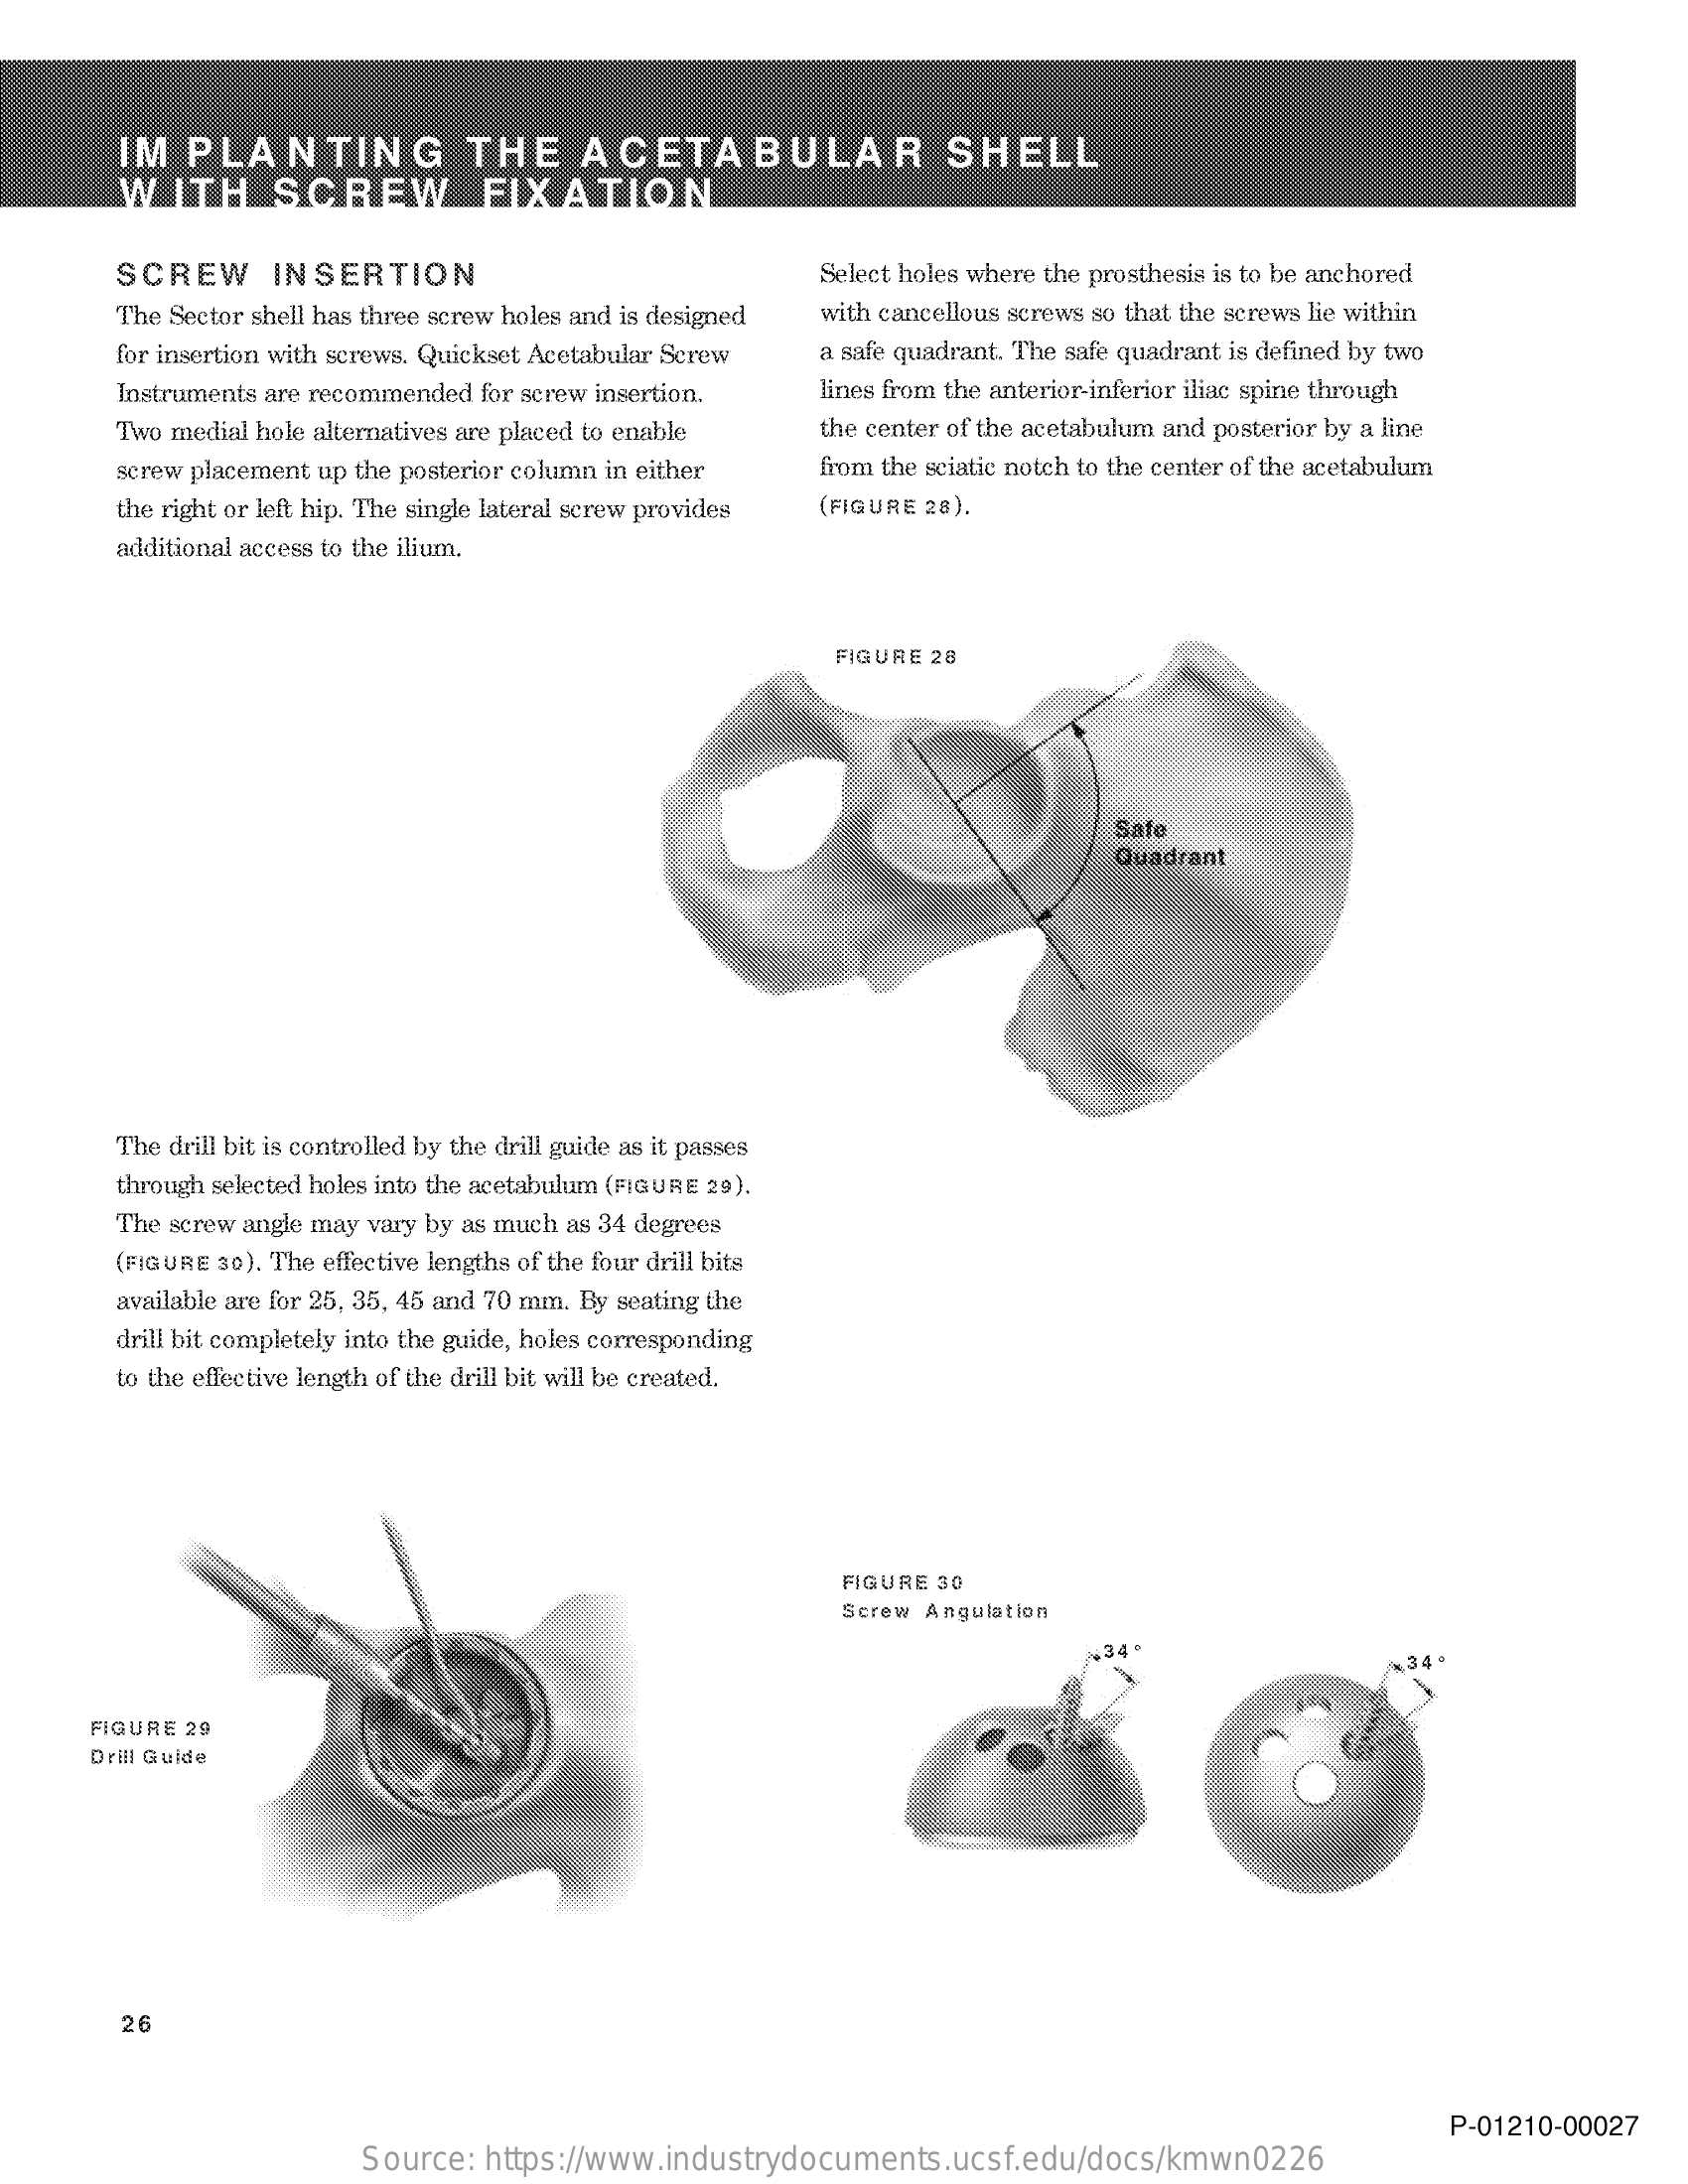
IM   PLANTING    THE    ACETABULAR    SHELL
     WITH    SCREW    FIXATION
     SCREW    INSERTION    Select holes where the prosthesis is to be anchored
     The Sector shell has three screw holes and is designed with cancellous screws so that the screws lie within
     for insertion with screws. Quickset Acetabular Screw a safe quadrant. The safe quadrant is defined by two
     Instruments are recommended for screw insertion. lines from the anterior-inferior iliac spine through
     Two medial hole alternatives are placed to enable the center of the acetabulum and posterior by a line
     screw placement up the posterior column in either from the sciatic notch to the center of the acetabulum
     the right or left hip. The single lateral screw provides (FIGURE 28).
     additional access to the ilium.
     FIGURE 28
     Safe
     Quadrant
     The drill bit is controlled by the drill guide as it passes
     through selected holes into the acetabulum (FIGURE 29).
     The screw angle may vary by as much as 34 degrees
     (FIGURE 30). The effective lengths of the four drill bits
     available are for 25, 35, 45 and 70 mm. By seating the
     drill bit completely into the guide, holes corresponding
     to the effective length of the drill bit will be created.
     FIGURE 30
     Screw Angulation
     FIGURE 29
     Drill Guide
     26
     P-01210-00027
     Source: https://www.industrydocuments.ucsf.edu/docs/kmwn0226